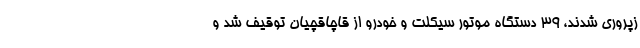
زپروری شدند، ۳۹ دستگاه موتور سیکلت و خودرو از قاچاقچیان توقیف شد و